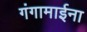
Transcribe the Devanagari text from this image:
गंगामाईना